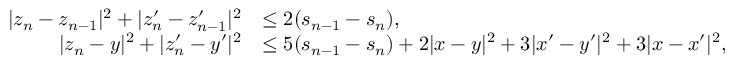
\begin{array} { r l } { | z _ { n } - z _ { n - 1 } | ^ { 2 } + | z _ { n } ^ { \prime } - z _ { n - 1 } ^ { \prime } | ^ { 2 } } & { \le 2 ( s _ { n - 1 } - s _ { n } ) , } \\ { | z _ { n } - y | ^ { 2 } + | z _ { n } ^ { \prime } - y ^ { \prime } | ^ { 2 } } & { \le 5 ( s _ { n - 1 } - s _ { n } ) + 2 | x - y | ^ { 2 } + 3 | x ^ { \prime } - y ^ { \prime } | ^ { 2 } + 3 | x - x ^ { \prime } | ^ { 2 } , } \end{array}